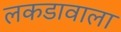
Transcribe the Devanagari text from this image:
लकडावाला